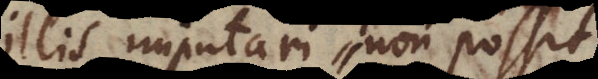
llis imputari non possit,